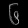
Digit: ၆